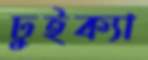
ঢুইক্যা